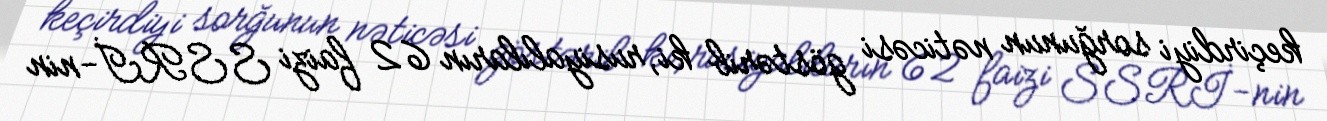
keçirdiyi sorğunun nəticəsi göstərib ki, rusiyalıların 62 faizi SSRİ-nin